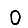
Digit: 0